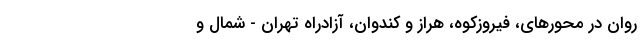
روان در محورهای، فیروزکوه، هراز و کندوان، آزادراه تهران - شمال و